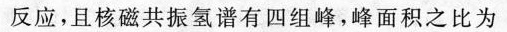
反应，且核磁共振氢谱有四组峰，峰面积之比为